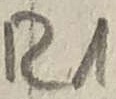
Text: R1